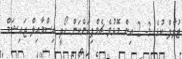
ޒުލާލް ކުޅެ 3- 2 އިން މޮޅުވެ ޗެމްޕިއަންކަން ހޯދީ އިސްމާއިލް ޖައިޝަމް